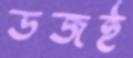
ডজই